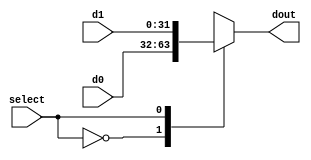
module MUX2#(parameter WIDTH = 32)(d0, d1, select, dout);

input [WIDTH - 1: 0] d0, d1;
input select;
output [WIDTH - 1: 0] dout;

reg [WIDTH - 1: 0] dout_temp;

always@( * )
    begin
      case (select)
      1'b0:
        dout_temp = d0;
      1'b1:
        dout_temp = d1;
      default:
        ;
      endcase
    end

assign dout = dout_temp;

endmodule


  module MUX4#(parameter WIDTH = 32)(d0, d1, d2, d3, select, dout);

input [WIDTH - 1: 0] d0, d1, d2, d3;
input [1: 0] select;
output [WIDTH - 1: 0] dout;

reg [WIDTH - 1: 0] dout_temp;

always@( * )
    begin
      case (select)
      2'b00:
        dout_temp = d0;
      2'b01:
        dout_temp = d1;
      2'b10:
        dout_temp = d2;
      2'b11:
        dout_temp = d3;
      default:
        ;
      endcase
    end

assign dout = dout_temp;

endmodule